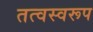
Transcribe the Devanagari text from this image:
तत्वस्वरूप